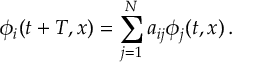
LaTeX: \phi _ { i } ( t + T , x ) = \sum _ { j = 1 } ^ { N } a _ { i j } \phi _ { j } ( t , x ) \, .